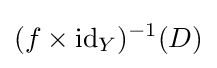
(f\times \operatorname {id} _{Y})^{-1}(D)